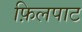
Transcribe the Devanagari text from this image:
फ़िलपाट